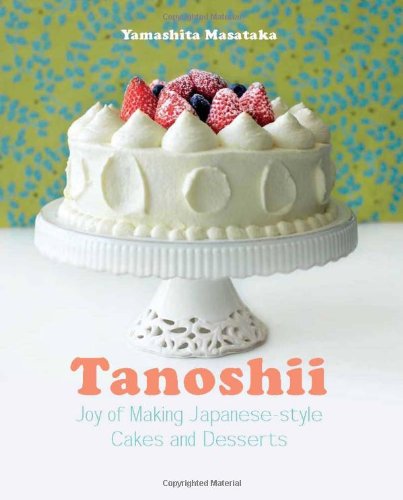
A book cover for Tanoshii: Joy of Making Japanese-style Cakes & Desserts; Yamashita Masataka; Cookbooks, Food & Wine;